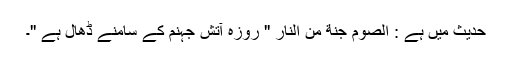
حدیث میں ہے : الصوم جنة من النار '' روزہ آتش جہنم کے سامنے ڈھال ہے ''۔